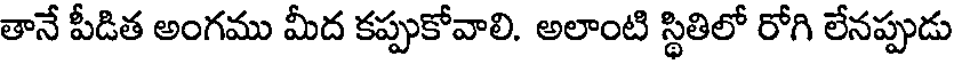
తానే పీడిత అంగము మీద కప్పుకోవాలి. అలాంటి స్థితిలో రోగి లేనప్పుడు